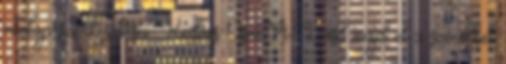
vitalap szerkesztései Kedves OsvátA Lásd majd el a szócikket